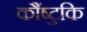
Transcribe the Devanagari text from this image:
कौंष्टुकि